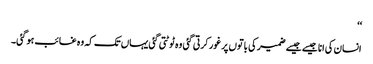
‘‘
انسان کی انا جیسے جیسے ضمیر کی باتوں پر غور کرتی گئی وہ ٹوٹتی گئی یہاں تک کہ وہ غائب ہوگئی۔